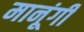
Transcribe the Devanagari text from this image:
मानूंगी